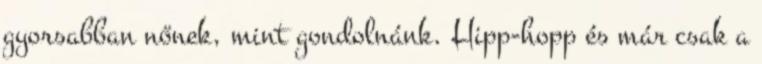
gyorsabban nőnek, mint gondolnánk. Hipp-hopp és már csak a